Source: Handwritten
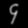
Digit: ၄ (4)